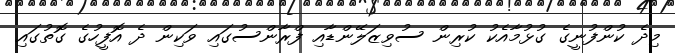
މިދެ ކުންފުނީގެ ގުޅުމާއެކު ކުރިން ސުވިޒަލޭންޑާއި ފްރާންސުގައި ވަކިން ދެ އޮފީހުގެ ގޮތުގައި